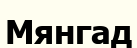
Мянгад